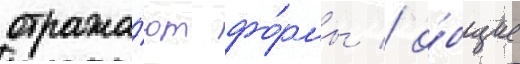
отража́ют фо́рмы / о́бщие